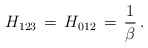
\begin{align*}H_{123} \,=\, H_{012} \,=\, \frac{1}{\beta} \, . \end{align*}